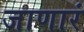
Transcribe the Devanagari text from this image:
जाणारं